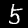
Digit: 5